Burma Government Medical School reports 1907-22
Year: 1907
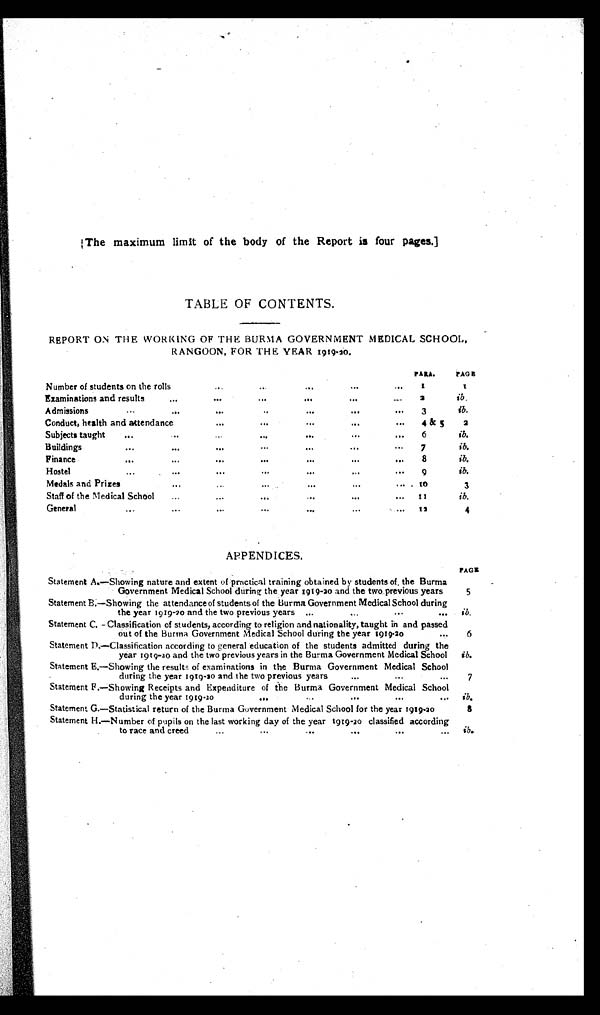
[The maximum limit of the body of the Report is four pages.]
TABLE OF CONTENTS.
REPORT ON THE WORKING OF THE BURMA GOVERNMENT MEDICAL SCHOOL,
RANGOON, FOR THE YEAR 1919-20.
PARA.
PAGE
Number of students on the rolls
... ... . . . . . . . . .
1
1
Examinations and results
...
...
...
...
...
...
2
ib.
A dmissions
... ... ...
. . . ...
...
...
3
i b.
Conduct, health and attendance
...
... ...
...
...
4 & 5
2
Subjects taught
. . . . . . . . . . . . . . . ... ...
6
ib.
B uildings
...
...
...
... ... ... ...
7
ib.
Finance
. . . ...
...
...
...
... ...
8
ib.
Hostel
...
... ...
...
...
. . . ...
9
ib.
Medals and Prizes
. . . ...
... ... ... ...
10
3
Staff of the Medical School
...
...
...
...
. . . ...
11
ib.
General
...
...
...
...
...
...
... ... 12
4
APPENDICES.
PAGE
Statement A.—Showing nature and extent of practical training obtained by students of the Burma
Government Medical School during the year 1919-20 and the two previous years
5
Statement
B .
—Showing the attendance of students of the Burma Government Medical School during
the year 1919-20 and the two previous years ...
...
...
i b .
Statement C. — Classification of students, according to religion and nationality, taught in and passed
out of the Burma Government Medical School during the year 1919-20 . . .
6
Statement D.—Classification according to general education of the students admitted during the
year 1919-20 and the two previous years in the Burma Government Medical School ib.
Statement E.—Showing the results of examinations in the Burma Government Medical School
during the year 1919-20 and the two previous years
...
...
...
7
Statement F.—Showing Receipts and Expenditure of the Burma Government Medical School
during the year 1919-20
...
...
...
. . . ib.
Statement G.—Statistical return of the Burma Government M e d i c a l S c h o o l f o r t h e y e a r 1 9 1 9 - 2 0
8
Statement H.—Number of pupils on the last working day of the year 1919-20 classified according
to race and creed
...
...
. . . ...
ib.